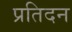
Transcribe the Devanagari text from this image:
प्रतिदन